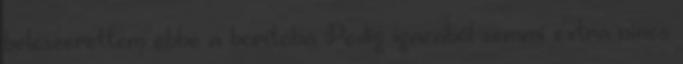
beleszerettem ebbe a borítóba Pedig igazából semmi extra nincs